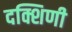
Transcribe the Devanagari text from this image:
दक्शिणी